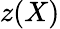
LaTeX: z(X)